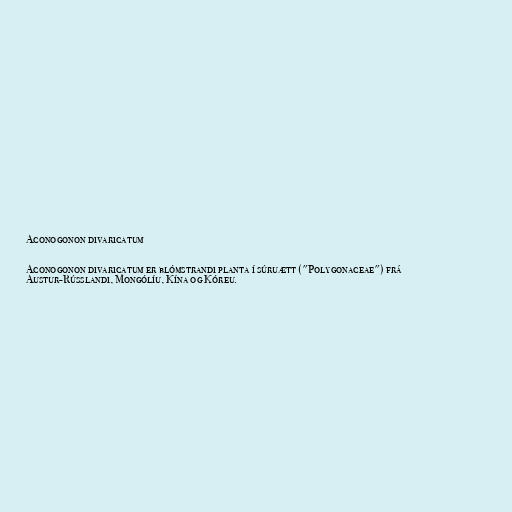
Aconogonon divaricatum

Aconogonon divaricatum er blómstrandi planta í súruætt ("Polygonaceae") frá
Austur-Rússlandi, Mongólíu, Kína og Kóreu.